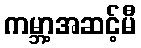
ကမ္ဘာ့အဆင့်မီ